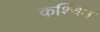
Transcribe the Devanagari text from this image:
कश्चित